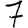
Digit: 7